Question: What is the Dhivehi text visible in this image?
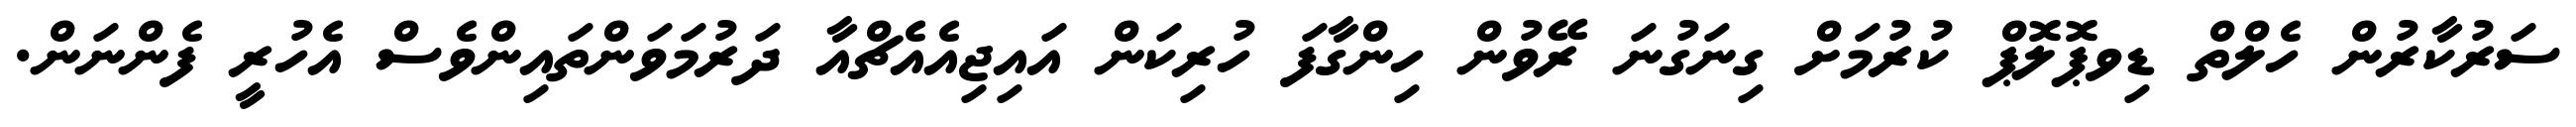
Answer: ސަރުކާރުން ހެލްތް ޑިވޕޮލޮޕް ކުރުމަށް ގިނަގުނަ ރޭވުން ހިންގާފަ ހުރިކަން އައިޖިއެއެޗްއާ ދަރުމަވަންތައިންވެސް އެހުރީ ފެންނަން.